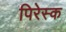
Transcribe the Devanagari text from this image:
पिरेस्क